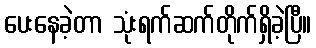
ပေးနေခဲ့တာ သုံးရက်ဆက်တိုက်ရှိခဲ့ပြီ။